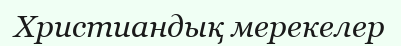
Христиандық мерекелер